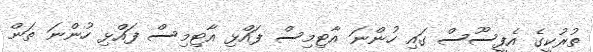
ތުރުކީގެ އެފީސޫސް ގައި ހުންނަ އާޓިމިސް ފައްޅި އާޓިމިސް ފައްޅި ހުންނަ ތަން